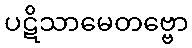
ပဋိသာမေတဗ္ဗော